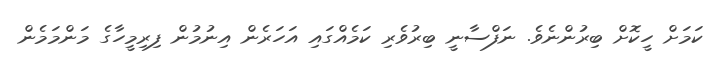
ކަމަށް ހީކޮށް ބިރުންނެވެ. ނަފްސާނީ ބިރުވެރި ކަމެއްގައި އަހަރެން އިނުމުން ފިރިމީހާގެ މަންމަމެން